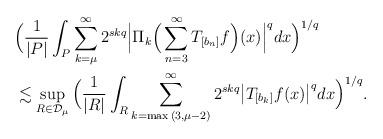
LaTeX: \begin{align*}&\Big(\frac{1}{|P|}\int_P{\sum_{k=\mu}^{\infty}{2^{skq}\Big|\Pi_k\Big(\sum_{n=3}^{\infty}{T_{[b_n]}f} \Big)(x) \Big|^q}}dx \Big)^{1/q}\\ &\lesssim \sup_{R\in\mathcal{D}_{\mu}}{\Big( \dfrac{1}{|R|}\int_R{\sum_{k=\max{(3,\mu-2)}}^{\infty}{2^{skq}\big|T_{[b_k]}f(x) \big|^q}}dx \Big)^{1/q}}.\end{align*}